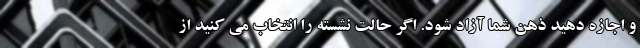
و اجازه دهید ذهن شما آزاد شود. اگر حالت نشسته را انتخاب می کنید از